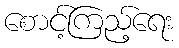
စောင့်ကြည့်ရေး